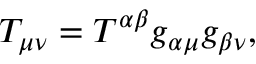
T _ { \mu \nu } = T ^ { \alpha \beta } g _ { \alpha \mu } g _ { \beta \nu } ,